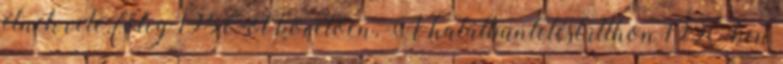
élnek vele, főleg 1956-ot követően. A halálbüntetést itthon 1990-ben